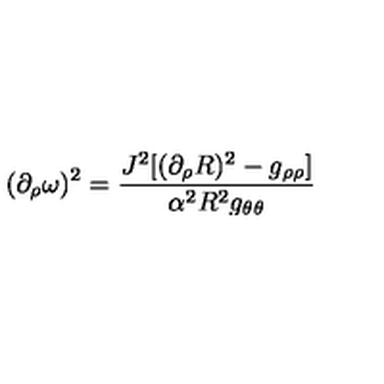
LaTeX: ( \partial _ { \rho } \omega ) ^ { 2 } = \frac { J ^ { 2 } [ ( \partial _ { \rho } R ) ^ { 2 } - g _ { \rho \rho } ] } { \alpha ^ { 2 } R ^ { 2 } g _ { \theta \theta } }